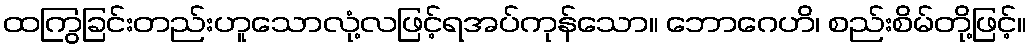
ထကြွခြင်းတည်းဟူသောလုံ့လဖြင့်ရအပ်ကုန်သော။ ဘောဂေဟိ၊ စည်းစိမ်တို့ဖြင့်။